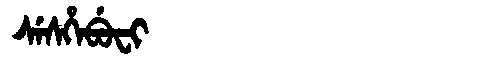
Manchu: ᠰᡝᠰᡥᡝᠪᡠᠸᡳ
Romanization: SESHEBUFI